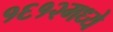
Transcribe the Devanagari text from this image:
१६१२मध्ये